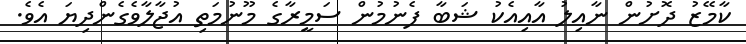
ކާމޭޒު ދޮށުން ނާއިލު އާއިއެކު ޝަބާ ފެނުމުން ސަމީރާގެ މޫނުމަތި އުޖާލާވެގެންދިޔަ އެވެ.